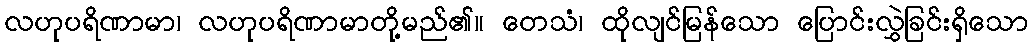
လဟုပရိဏာမာ၊ လဟုပရိဏာမာတို့မည်၏။ တေသံ၊ ထိုလျင်မြန်သော ပြောင်းလွှဲခြင်းရှိသော